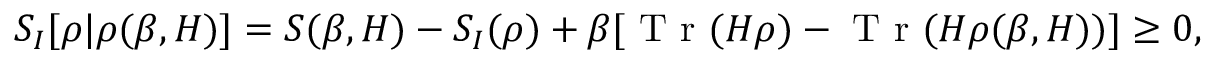
S _ { I } [ \rho | \rho ( \beta , H ) ] = S ( \beta , H ) - S _ { I } ( \rho ) + \beta [ \textrm { T r } ( H \rho ) - \textrm { T r } ( H \rho ( \beta , H ) ) ] \ge 0 ,